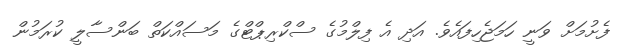
ފެށުމަށް ވަނީ ހަމަޖެހިފައެވެ. އަދި އެ ފިލްމުގެ ސްކްރިޕްޓްގެ މަސައްކަތް ބަންސާލީ ކުރަމުން